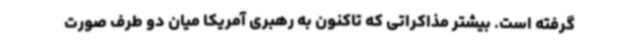
گرفته است. بیشتر مذاکراتی که تاکنون به رهبری آمریکا میان دو طرف صورت